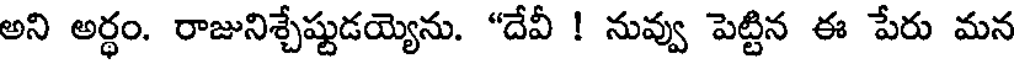
అని అర్థం. రాజునిశ్చేష్టుడయ్యెను. "దేవీ ! నువ్వు పెట్టిన ఈ పేరు మన